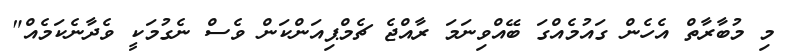
މި މުބާރާތް އެހެން ގައުމެއްގަ ބޭއްވިނަމަ ރާއްޖެ ޗެމްޕިއަންކަން ވެސް ނެގުމަކީ ވެދާނެކަމެއް"